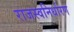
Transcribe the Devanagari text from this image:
राजस्वनिर्धारण